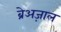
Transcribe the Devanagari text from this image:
ब्रेअज़ाल